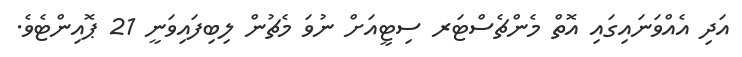
އަދި އެއްވަނައިގައި އޮތް މެންޗެސްޓަރ ސިޓީއަށް ނުވަ މެޗުން ލިބިފައިވަނީ 21 ޕޮއިންޓެވެ.